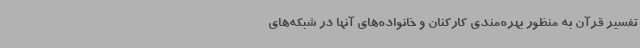
تفسیر قرآن به منظور بهره‌مندی کارکنان و خانواده‌های آنها در شبکه‌های